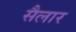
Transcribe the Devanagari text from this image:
सैलार